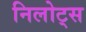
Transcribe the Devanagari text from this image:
निलोट्स